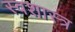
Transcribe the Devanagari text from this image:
स्वशास्त्र